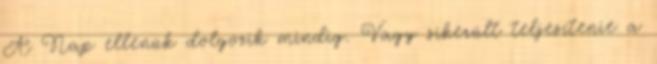
A Nap ellenük dolgozik mindig. Vagy sikerült teljesítenie a